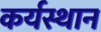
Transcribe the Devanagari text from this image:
कर्यस्थान